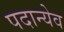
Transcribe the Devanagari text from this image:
पदान्येव